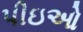
પીઇઓ